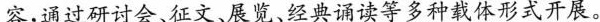
容，通过研讨会、征文、展览、经典诵读等多种载体形式开展。